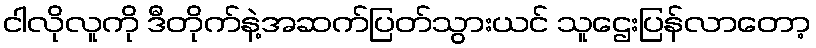
ငါလိုလူကို ဒီတိုက်နဲ့အဆက်ပြတ်သွားယင် သူဌေးပြန်လာတော့